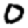
Digit: 0